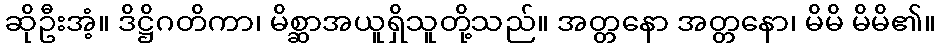
ဆိုဦးအံ့။ ဒိဋ္ဌိဂတိကာ၊ မိစ္ဆာအယူရှိသူတို့သည်။ အတ္တနော အတ္တနော၊ မိမိ မိမိ၏။